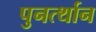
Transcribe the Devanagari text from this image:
पुनर्त्थान